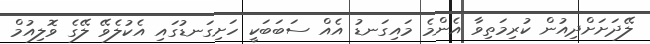
ލޭދަށަށްދިއުން ކުރިމަތިވާ އެންމެ މައިގަނޑު އެއް ސަބަަބަކީ ހަށިގަނޑުގައި އެކުލެވޭ ލޭގެ ވޮލިއުމް